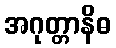
အဂုတ္တာနိဓ